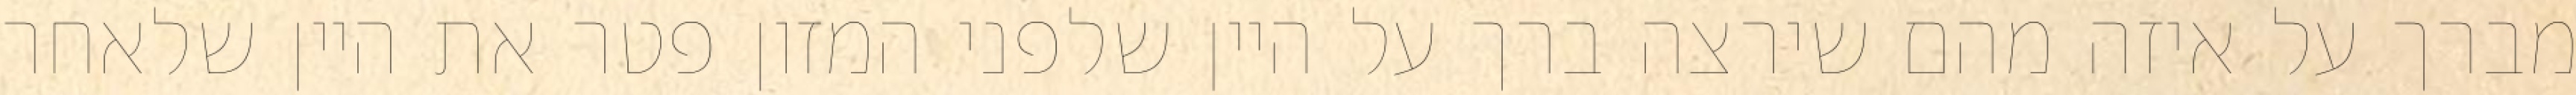
מברך על איזה מהם שירצה ברך על היין שלפני המזון פטר את היין שלאחר